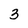
Character: 3